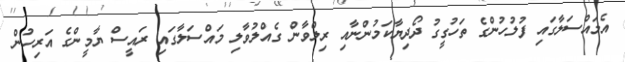
އެމައްސަލާގައި ފުލުހުންގެ ތަހުގީގު ދޯދިޔާކަމުންނާއި ރިލްވާން ގެއްލުވާލި މައްސަލާގައި ރައީސް ޔާމީންގެ އަރިހުން